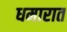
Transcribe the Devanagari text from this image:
धमारात